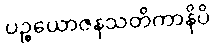
ပဉ္စယောဇနသတိကာနိပိ